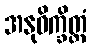
အနုဝိက္ခိတ္တံ